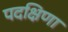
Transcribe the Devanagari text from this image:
पदक्षिणा